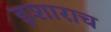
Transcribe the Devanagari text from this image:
इशाराच